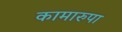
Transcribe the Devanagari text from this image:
कामारुपा